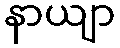
နာယျာ